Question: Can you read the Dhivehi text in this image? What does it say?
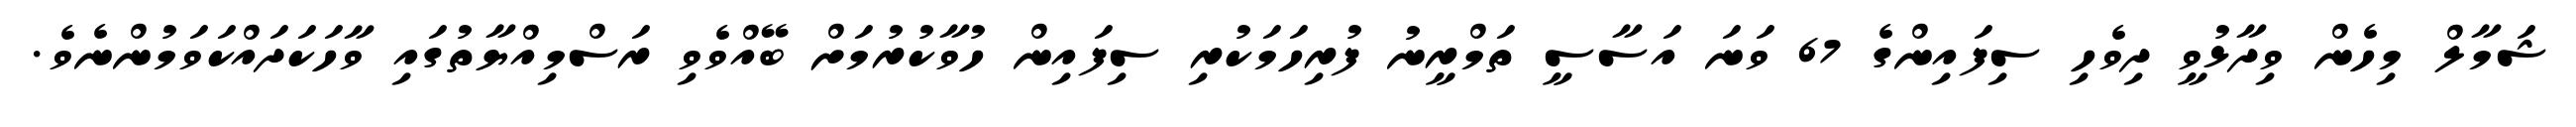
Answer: ޝަމާލް މިހެން ވިދާޅުވީ ދިވެހި ސިފައިންގެ 67 ވަނަ އަސާސީ ތަމްރީނު ފުރިހަމަކުރި ސިފައިން ހުވާކުރުމަށް ބޭއްވެވި ރަސްމިއްޔާތުގައި ވާހަކަދައްކަވަމުންނެވެ.